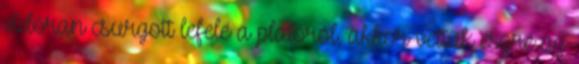
vidoran csurgott lefelé a platóról, akkor vettük észre az